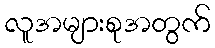
လူအများစုအတွက်